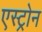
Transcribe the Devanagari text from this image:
एस्ट्रोन